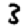
Digit: 3